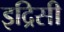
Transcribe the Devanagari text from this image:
इद्रिसी